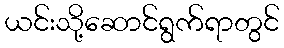
ယင်းသို့ဆောင်ရွက်ရာတွင်